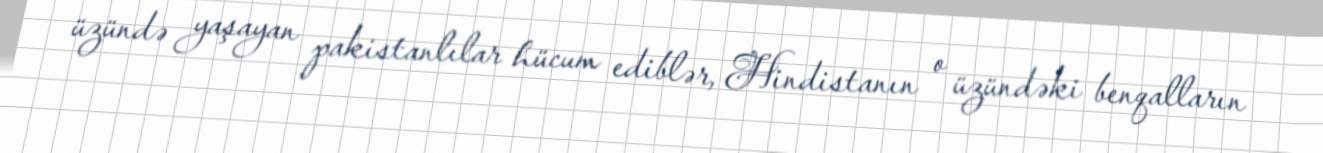
üzündə yaşayan pakistanlılar hücum ediblər, Hindistanın o üzündəki benqalların